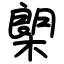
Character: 㮾